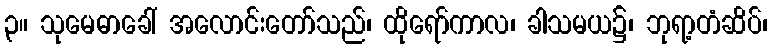
၃။ သုမေဓာခေါ် အလောင်းတော်သည်၊ ထိုရော်ကာလ၊ ခါသမယ၌၊ ဘုရာ့တံဆိပ်၊